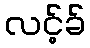
လင့်ခ်